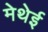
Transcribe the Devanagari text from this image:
मेथेई